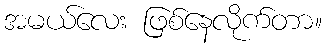
အမယ်လေး ဖြစ်နေလိုက်တာ။